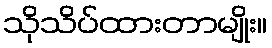
သိုသိပ်ထားတာမျိုး။